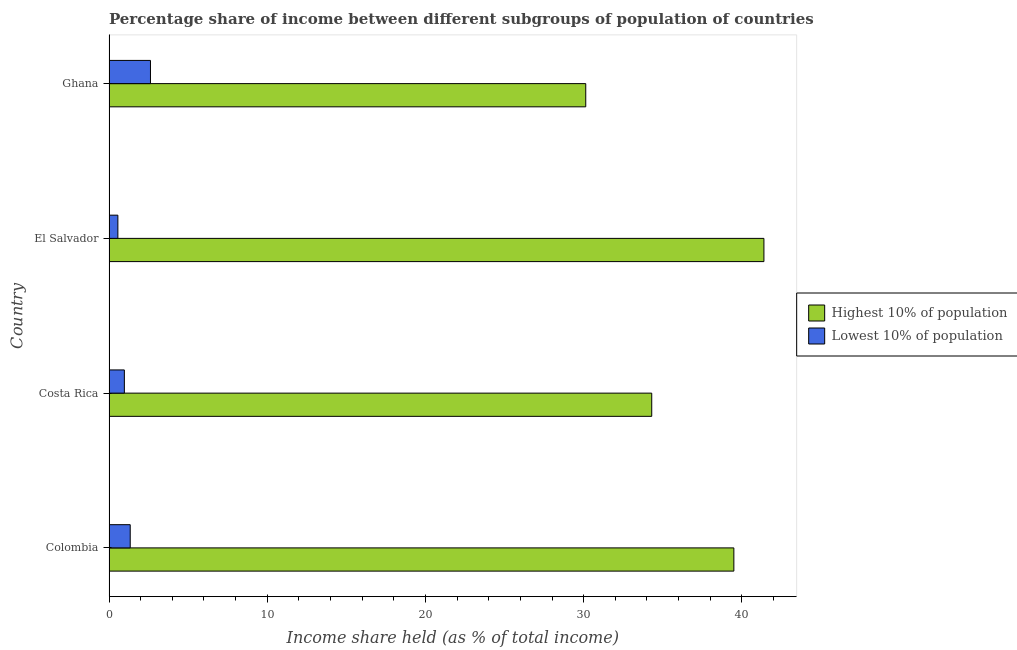
| Country | Highest 10% of population | Lowest 10% of population |
 | --- | --- | --- |
 | Colombia | 39.5 | 1.34 |
 | Costa Rica | 34.3 | 0.97 |
 | El Salvador | 41.4 | 0.56 |
 | Ghana | 30.1 | 2.62 |